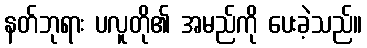
နတ်ဘုရား ပလူတို၏ အမည်ကို ပေးခဲ့သည်။